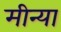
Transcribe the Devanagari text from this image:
मीन्या